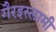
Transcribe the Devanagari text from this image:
गैरइस्लामी